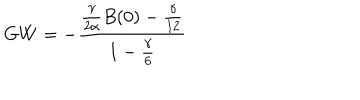
G W = - \frac { \frac { \gamma } { 2 \alpha } B ( 0 ) - { \frac { \gamma } { 1 2 } } } { 1 - { \frac { \gamma } { 6 } } }